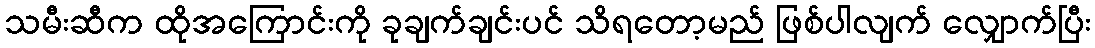
သမီးဆီက ထိုအကြောင်းကို ခုချက်ချင်းပင် သိရတော့မည် ဖြစ်ပါလျက် လျှောက်ပြီး